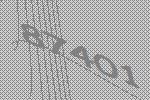
87401